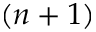
( n + 1 )